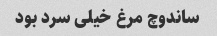
ساندوچ مرغ خیلی سرد بود